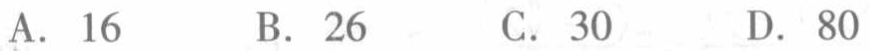
A. \(16\)  B. \(26\)  C. \(30\)  D. \(80\)